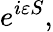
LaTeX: e^{i\varepsilon S},